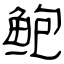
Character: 鲍